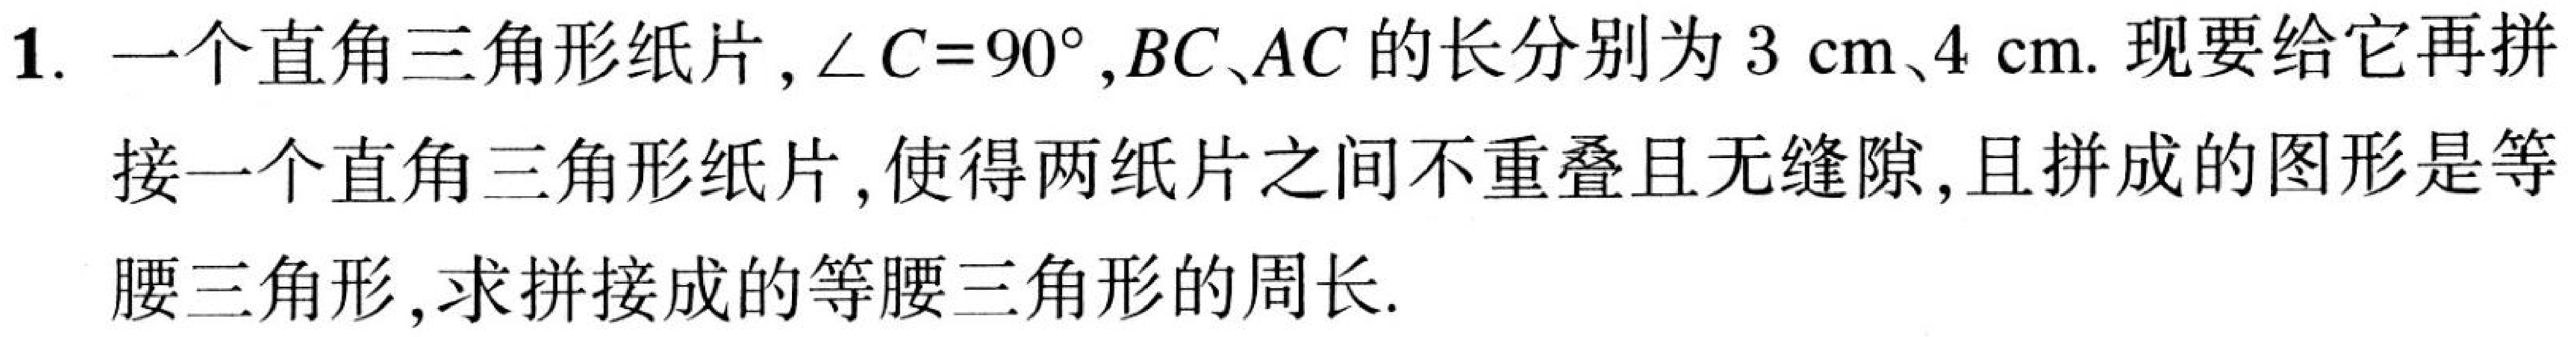
1. 一个直角三角形纸片，\(\angle C = 90^{\circ}\)，\(BC\)、\(AC\)的长分别为\(3\ \text{cm}\)、\(4\ \text{cm}\). 现要给它再拼
接一个直角三角形纸片，使得两纸片之间不重叠且无缝隙，且拼成的图形是等
腰三角形，求拼接成的等腰三角形的周长.